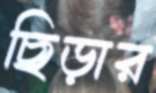
ছিড়ার